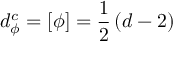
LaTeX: d _ { \phi } ^ { c } = \left[ \phi \right] = \frac { 1 } { 2 } \left( d - 2 \right)